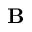
{ \bf B }